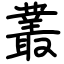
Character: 叢